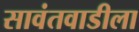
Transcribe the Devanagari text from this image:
सावंतवाडीला